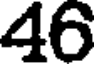
46